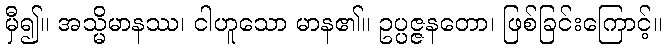
မှီ၍။ အသ္မိမာနဿ၊ ငါဟူသော မာန၏။ ဥပ္ပဇ္ဇနတော၊ ဖြစ်ခြင်းကြောင့်။